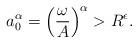
LaTeX: \begin{align*}a_0^{\alpha}=\left(\frac{\omega}{A}\right)^{\alpha}>R^{\epsilon}.\end{align*}